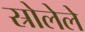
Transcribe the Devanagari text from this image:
स्रोलेले